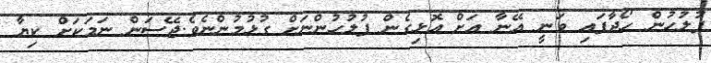
ފުލުހުން ހޯދާފައި ވަނީ އޭނާ އަށް އޮޅިގެން ފުލުހުންނަށް ގުޅުމުންނެވެ.ޖޭސަން ނަމަކަށް ކިޔާ